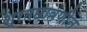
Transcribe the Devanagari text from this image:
श्रमछावणीत